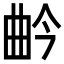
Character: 𭨛